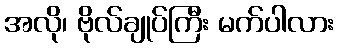
အလို၊ ဗိုလ်ချုပ်ကြီး မက်ပါလား